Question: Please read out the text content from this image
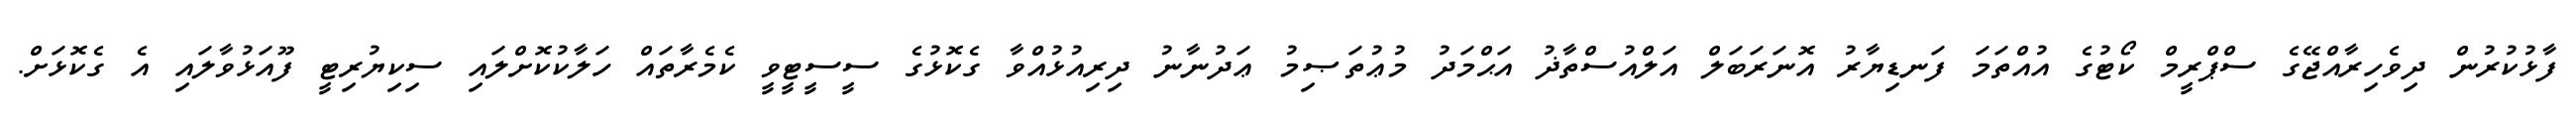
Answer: ފާޅުކުރުން ދިވެހިރާއްޖޭގެ ސްޕްރީމް ކޯޓުގެ އުއްތަމަ ފަނޑިޔާރު އޮނަރަބަލް އަލްއުސްތާޛު އަޙްމަދު މުޢުތަޞިމު ޢަދުނާނު ދިރިއުޅުއްވާ ގެކޮޅުގެ ސީސީޓީވީ ކެމެރާތައް ހަލާކުކޮށްލައި ސިކިޔުރިޓީ ފޫއަޅުވާލައި އެ ގެކޮޅަށް.